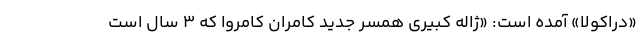
«دراکولا» آمده است: «ژاله کبیری همسر جدید کامران کامروا که ۳ سال است